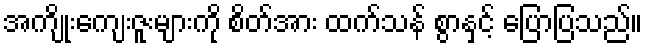
အကျိုးကျေးဇူးများကို စိတ်အား ထက်သန် စွာနှင့် ပြောပြသည်။